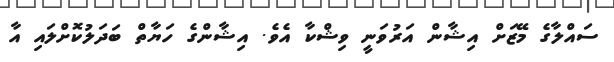
ސައްލާގެ މޭޒަށް އިޝާން އަރުވަނީ ވިޝްކާ އެވެ. އިޝާންގެ ހަޔާތް ބަދަލުކޮށްލައި އާ